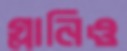
গ্লানিও